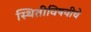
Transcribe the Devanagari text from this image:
स्थितीविषयीचे